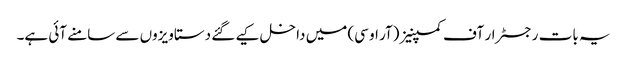
یہ بات رجسٹرار آف کمپنیز (آر او سی) میں داخل کیے گئے دستاویزوں سے سامنے آئی ہے۔